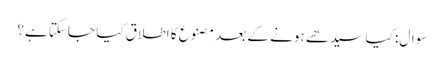
سوال: کیا سیدھے ہونے کے بعد مصنوع کا اطلاق کیا جاسکتا ہے؟